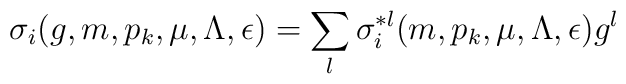
\sigma_i(g,m,p_k,\mu,\Lambda,\epsilon) =\sum_{l}\sigma_i^{*l}(m,p_k,\mu,\Lambda,\epsilon)g^l   ~